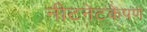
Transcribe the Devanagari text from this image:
नीटनेटकेपणे